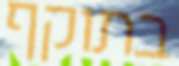
בתוקף